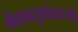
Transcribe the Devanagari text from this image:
केशवसुतांसारखी